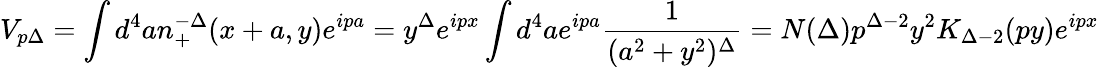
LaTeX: V_{p\Delta}=\int d^{4}an_{+}^{-\Delta}(x+a,y)e^{ipa}=y^{\Delta}e^{ipx}\int d^{4}ae^{ipa}\frac{1}{(a^{2}+y^{2})^{\Delta}}=N(\Delta)p^{\Delta-2}y^{2}K_{\Delta-2}(py)e^{ipx}